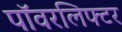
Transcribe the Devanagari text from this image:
पॉवरलिफ्टर